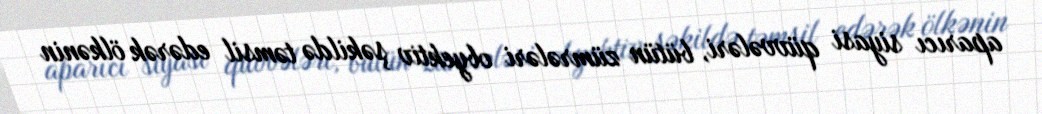
aparıcı siyasi qüvvələri, bütün zümrələri obyektiv şəkildə təmsil edərək ölkənin